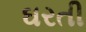
ઘરતી